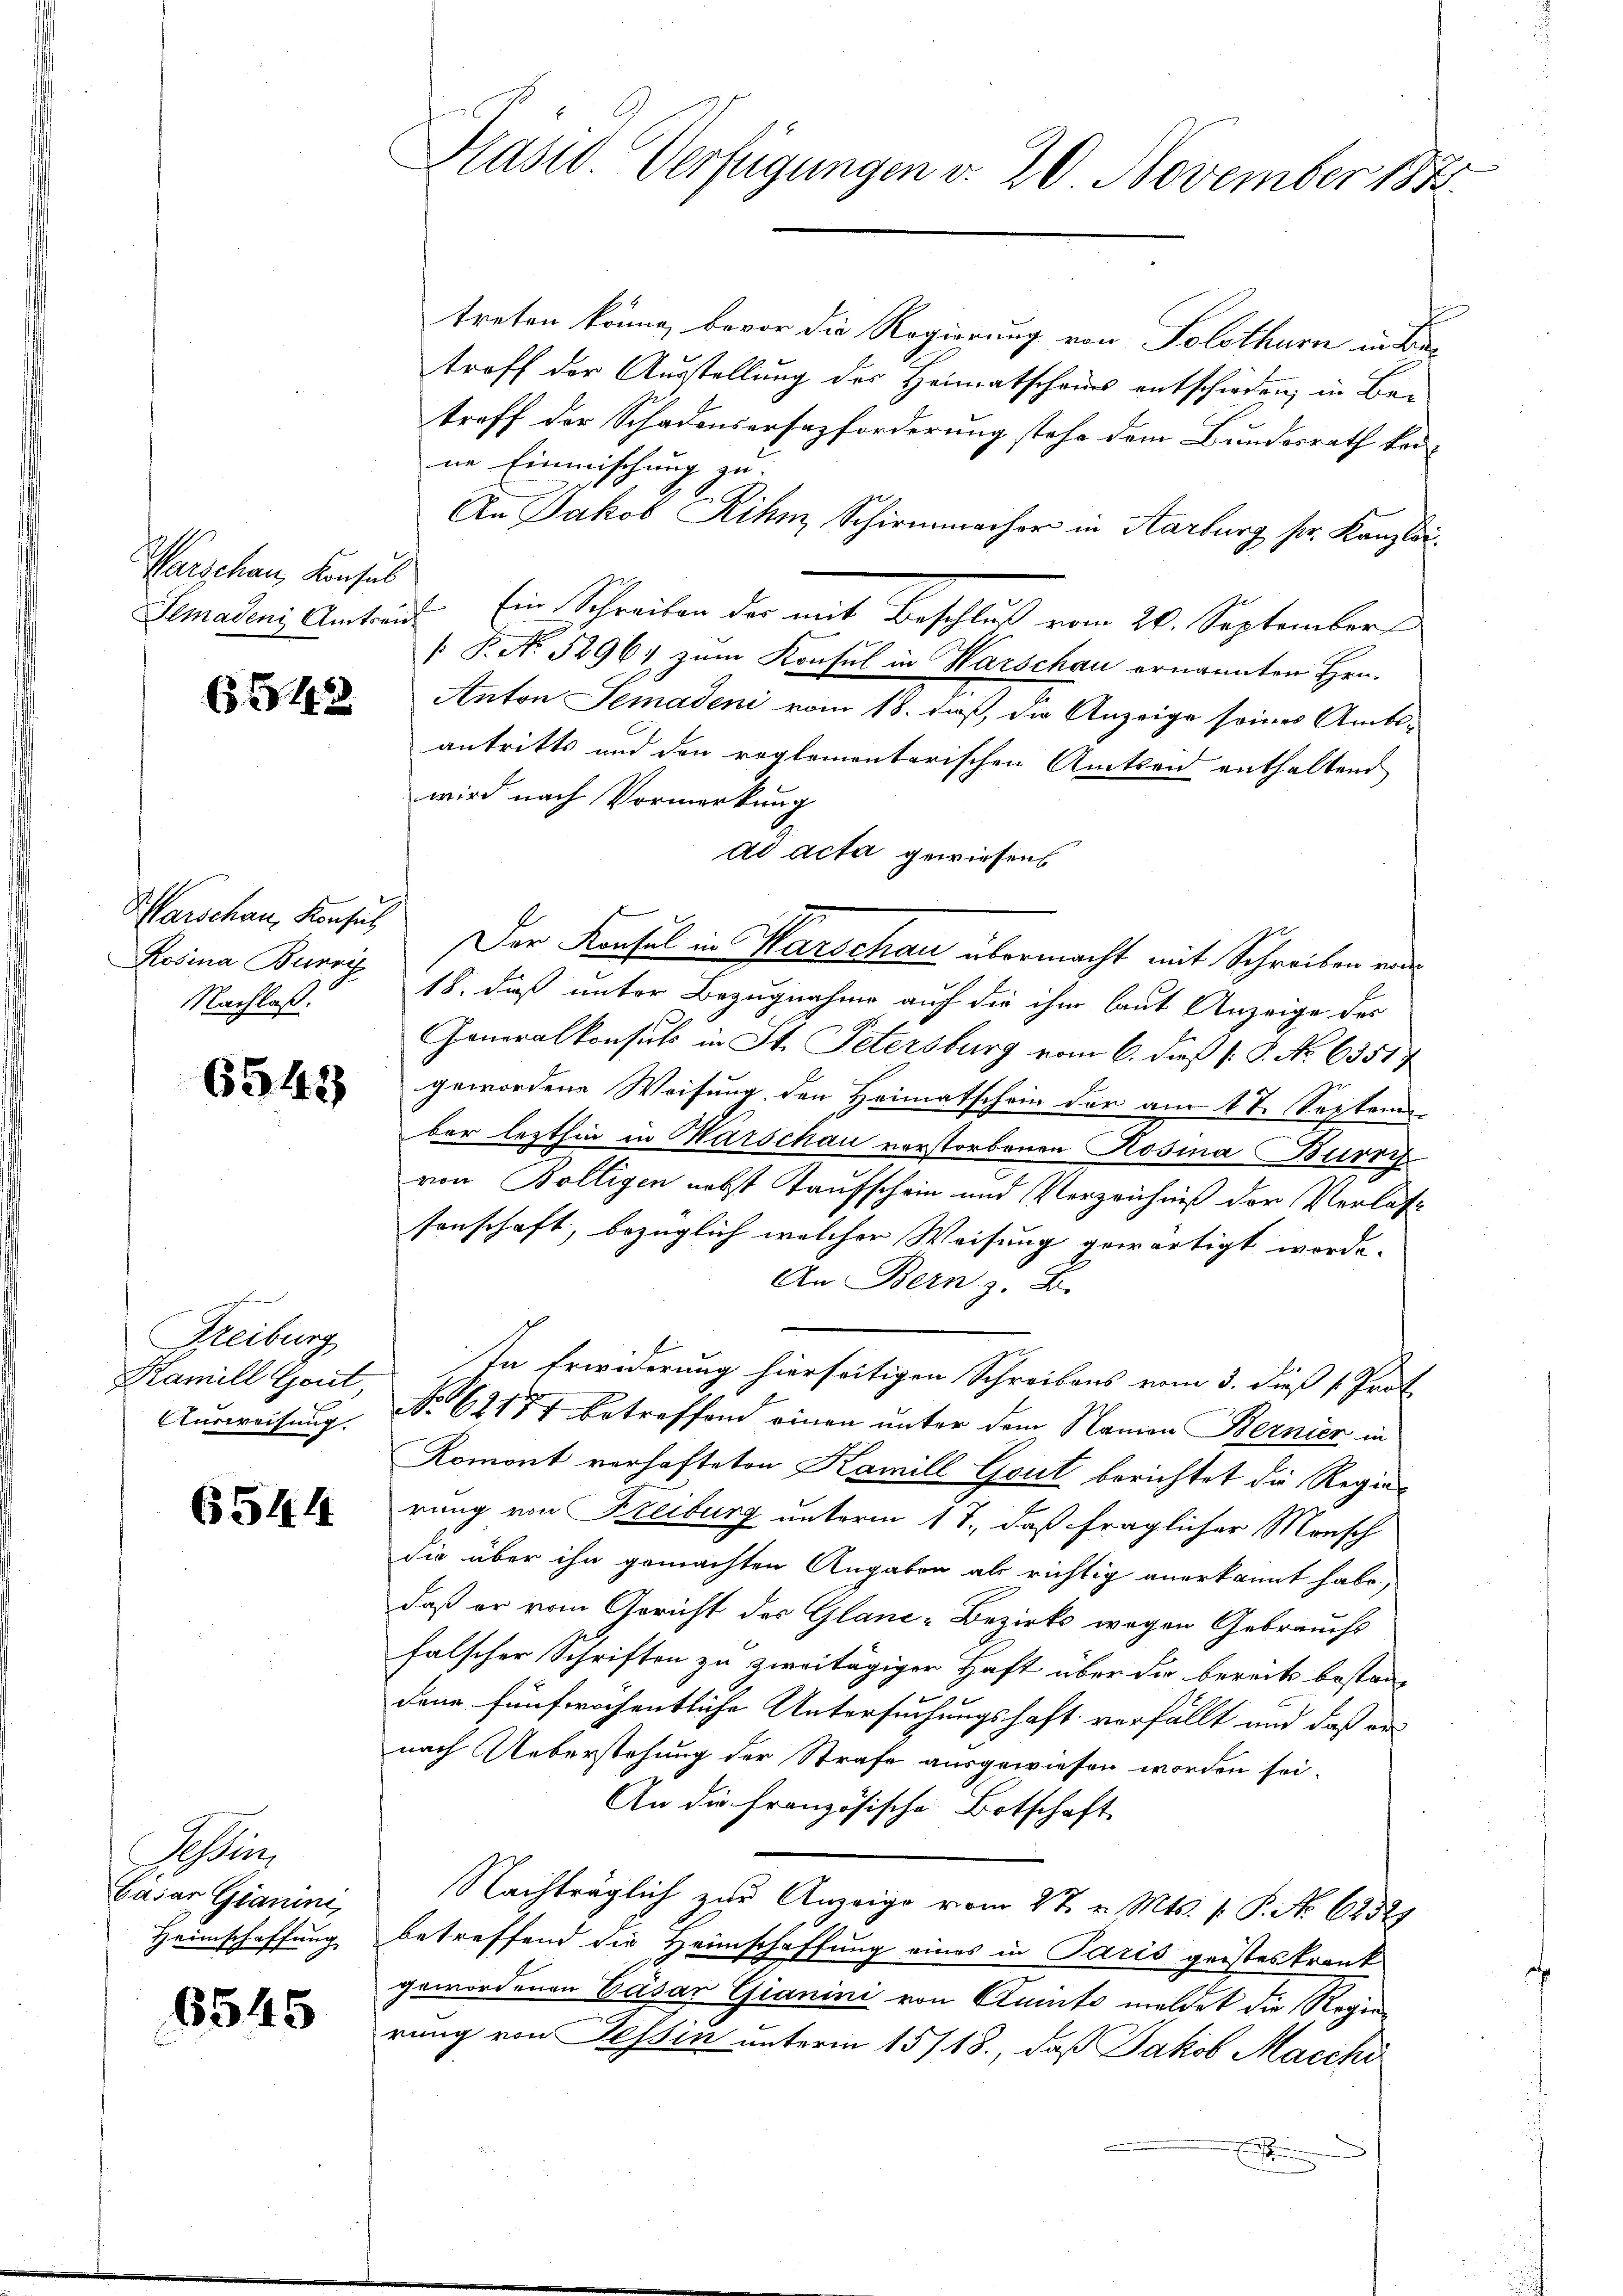
Warschau, Konsul

Marschau, Konsul
Rosina Burri
Nachlaß.

6542)

Freiburg
Famill Gout,
Ausweisung.

6544

Saben
Gasar Gianini,
Heimschaffung

6545

treten könne, bevor die Regierung von Solothurn in Betroff der Ausstellung des Heimatschaus entschieden, in Be-
treff der Schadensersazforderung stehe dem Bundesrath kon-
ne Einmischung zu.
An Jakob Rihm, Schirmmacher in Aarburg pr. Kanzlei
Semaden Antraut. Ein Schreiben der mit Beschluß vom 20. September
/: P. No 5296, zum Konsul in Harschau ernannten Hrn.
3. Anton Semadeni vom 18. daß, die Anzeige seines Amtsantritts und den reglementarischen Amtseid enthaltend
wird nach Vormerkung
ad acta gewiesen
Der Konsul in Marschau übermacht mit Schreiben ei
18. daß unter Bezugnahme auf die ihm laut Anzeige des
Generalkonsuls in St. Petersburg vom 6. daß P. P. No 63517
gewordene Weisung den Heimatschein der am 4t. Septem
ber lezthin in Marschau vorstorbenen Rosina Burry
von Bölligen nebst Taufschein und Verzeichniß der Verlaste
sonschaft, bezüglich welcher Weisung gewärtigt worde.
An Bern z. B.
sin Erwiderung hierseitigen Schreibens vom 3. dieß s. Prot
No 62171 betreffend einen unter dem Namen Bernier in
Romont verhafteten Kamill Gout berichtet die Regierung von Freiburg unterm 17., daß fraglicher Mensch
die über ihn gemachten Angaben als richtig anerkannt habe,
daß er vom Gericht der Glane-Bezirks wegen Gebrauchs
falscher Schriften zu zweitägiger Haft über die bereits bestan-
dene fünfwöchentliche Untersuchungshaft verfällt und daß ers
nach Ueberstehung der Strafe ausgewiesen worden sei.
An die französische Botschaft
Nachträglich zur Anzeige vom 27. v. Mts. 1. P. No. 6252)
betreffend die Heimschaffung eines in Paris geisteskrank
gewordenen Cäsar Gianini von Quisto meldet die Regierung von Tessin unterm 15/18., daß Jakob Macchi
n

Präsid. Verfügungen v. 20. November 184